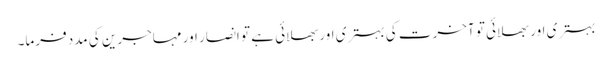
بہتری اور بھلائی تو آخرت کی بہتری اور بھلائی ہے تو انصار اور مہاجرین کی مدد فرما۔